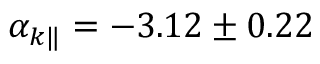
\alpha _ { k \| } = - 3 . 1 2 \pm 0 . 2 2